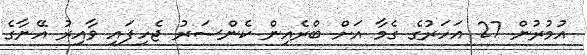
އުމުރުން 27 އަހަރުގެ ގެމާ އަށް ބްރެއިން ކެންސަރު ޖެހިފައި ވާއިރު އޭނާގެ